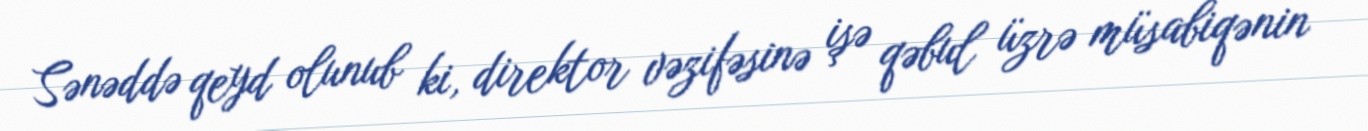
Sənəddə qeyd olunub ki, direktor vəzifəsinə işə qəbul üzrə müsabiqənin